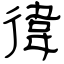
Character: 徫